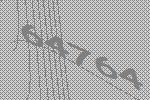
64764